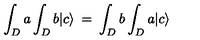
\int _ { D } a \int _ { D } b | c \rangle \: = \: \int _ { D } b \int _ { D } a | c \rangle